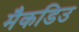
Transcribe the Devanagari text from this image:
मैकडिउ